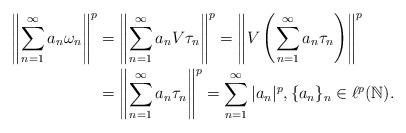
LaTeX: \begin{align*}\left\|\sum_{n=1}^\infty a_n \omega_n\right\|^p&=\left\|\sum_{n=1}^\infty a_n V\tau_n\right\|^p=\left\|V\left(\sum_{n=1}^\infty a_n \tau_n\right)\right\|^p\\&=\left\|\sum_{n=1}^\infty a_n \tau_n\right\|^p=\sum_{n=1}^\infty|a_n|^p, \{a_n\}_n\in \ell^p(\mathbb{N}).\end{align*}